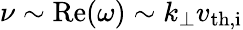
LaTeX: \nu\sim\mathrm{Re}(\omega)\sim k_{\perp}v_{\mathrm{th,i}}